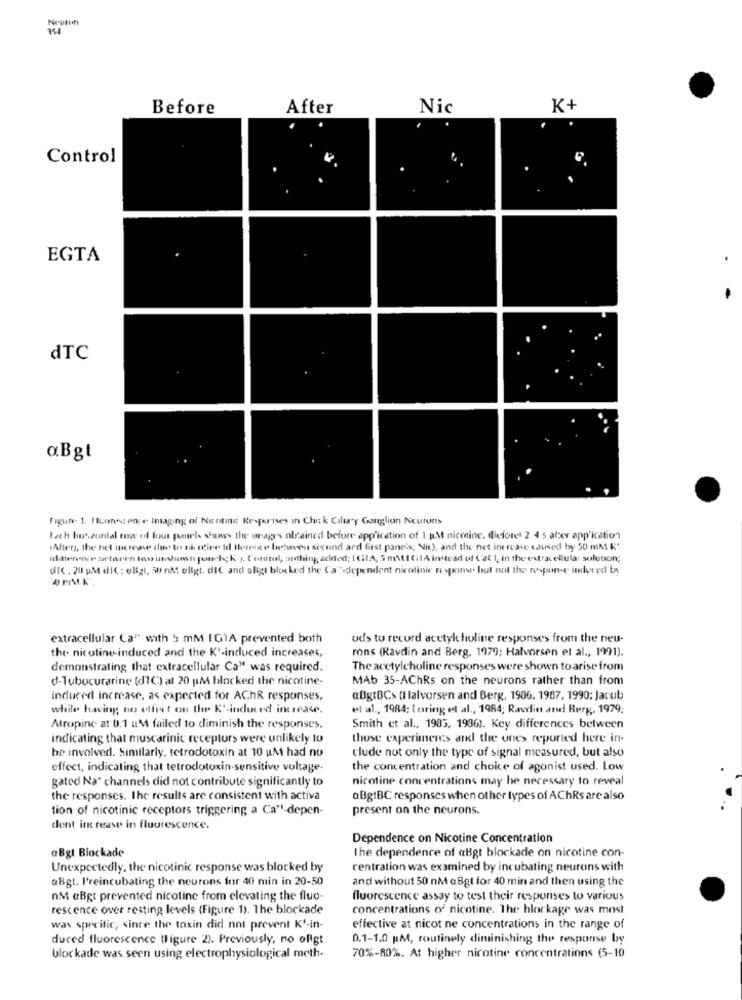
Before
After
Nic
K+
Control
EGTA
dTC
aBgt
Figure. 1. Fluorescence Imaging of Nicotink Responses in Chik Ciliary Ganglion Neurons
Fach huszontal tow of fous pamela stanvs the uras olsaincd before app'ication of 1 M nicotine. Before 2 4 5 aber app'ication
Afters, the net inerene due to th ttive (d these between second ard first panels; Nic), and the net intresse caused by 50 mM K'
(datterence ter-toren ton utishown patch; K ). Control, nothing, acked; IGIA, 5 mNEilA instead of Cat I, in the extracellular solution;
dic. 20 UM die : «Nal, sonst eligt, diC and ofigt blocked the Ca"-dependent nicotinic response but cal the response induced to
extracellular Ca" with 5 mM I GIA prevented both
uds to record acetylcholine responses from the neu-
the nicotine -induced and the K'-induced increases,
rons (Ravdin and Berg, 1979; Halvorsen et al ., 1991).
demonstrating that extracellular Ca" was required.
The acetylcholine responses were shown to arise from
d-Tubocurarine (d1C) al 20 gM blocked the nicotine-
MAb 35-AChRs on the neurons rather than from
induced increase, as expected for AChR responses,
aBgtBC> (Ilalvorsen and Berg, 1906. 1987, 1990: Jacob
while having no effect on the K'-induced increase.
et al ., 1984; losring el al ., 1984; Raudin and Burg, 1979;
Atropine at 0.1 uM failed to diminish the responses.
Smith et al ., 1983, 1986). Key differences between
indicating that muscarinic receptors were unlikely tu
those experiments atkl the ones reported here in-
be involved. Similarly, tetrodotoxin at 10 uM had no
clude not only the type of signal measured, but also
effect, indicating that tetrodotoxin-sensitive voltage-
the concentration and choice of agonist used. Low
gated Na" channels did not contribute significantly to
nicotine concentrations may be necessary to reveal
the responses. The results are consistent with activa
@BgtBC responses when other types of AChRs are also
tion of nicotinic receptors triggering a Ca"-depen-
present on the neurons.
dent in rease in fluorescence.
Dependence on Nicotine Concentration
aBgt Blockade
The dependence of aBgt blockade on nicotine con-
Unexpectedly, the nicotinic response was blocked by
centration was examined by incubating neurons with
a8gt. Preincubating the neurons for 40 min in 20-50
and without 50 nM &Bgt for 40 min and then using the
nM aBgt prevented nicotine from elevating the fluo-
fluorescence assay to test their responses to various
rescence over resting levels (Figure 1). The blockade
concentrations of nicotine. The hlockage was most
was specific, since the toxin did not prevent K'-in-
effective at nicot ne concentrations in the range of
duced fluorescence (ligure 2). Previously, no oRgt
0.1-1.0 pM, routinely diminishing the response by
blockade was seen using electrophysiological meth-
70%-80%. At higher nicotine concentrations (5-10